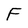
Character: F